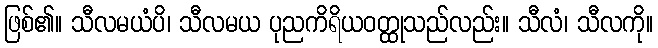
ဖြစ်၏။ သီလမယံပိ၊ သီလမယ ပုညကိရိယဝတ္ထုသည်လည်း။ သီလံ၊ သီလကို။